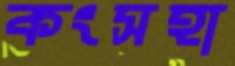
কংসহা